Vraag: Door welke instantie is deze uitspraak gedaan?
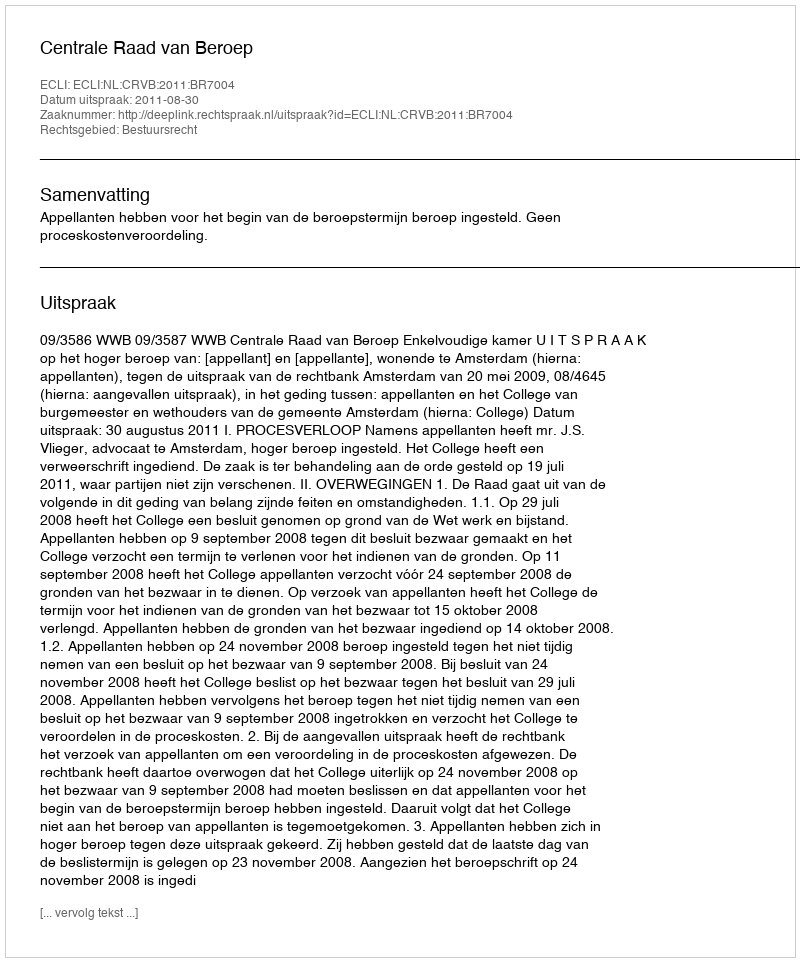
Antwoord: Centrale Raad van Beroep